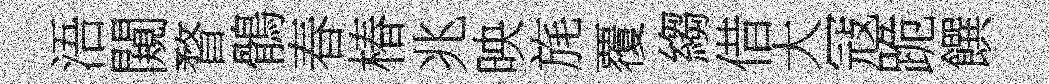
浯闚瞀鶻春椿兆映旄覆縐借大冦跪饌